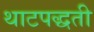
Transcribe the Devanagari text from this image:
थाटपद्धती